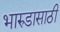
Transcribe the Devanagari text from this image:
भारुडासाठी